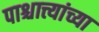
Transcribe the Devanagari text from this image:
पाश्चात्त्यांच्या